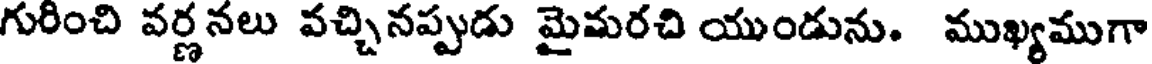
గురించి వర్ణనలు వచ్చినప్పుడు మైమరచి యుండును. ముఖ్యముగా